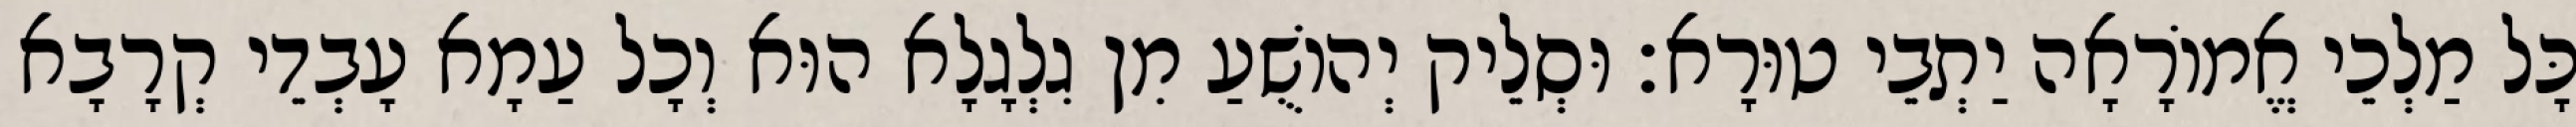
כָּל מַלְכֵי אֱמוֹרָאָה יַתְבֵי טוּרָא׃ וּסְלֵיק יְהוֹשֻׁעַ מִן גִלְגָלָא הוּא וְכָל עַמָא עָבְדֵי קְרָבָא